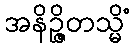
အနိဉ္ဇိတသ္မိံ